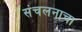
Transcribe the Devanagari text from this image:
संचलनाचा